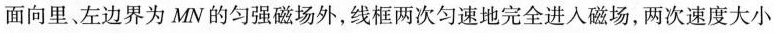
面向里、左边界为MN的匀强磁场外，线框两次匀速地完全进入磁场，两次速度大小